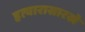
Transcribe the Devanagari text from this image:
हत्यारासारखे